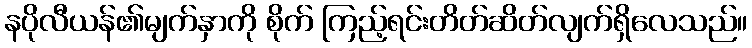
နပိုလီယန်၏မျက်နှာကို စိုက် ကြည့်ရင်းတိတ်ဆိတ်လျက်ရှိလေသည်။